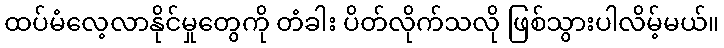
ထပ်မံလေ့လာနိုင်မှုတွေကို တံခါး ပိတ်လိုက်သလို ဖြစ်သွားပါလိမ့်မယ်။